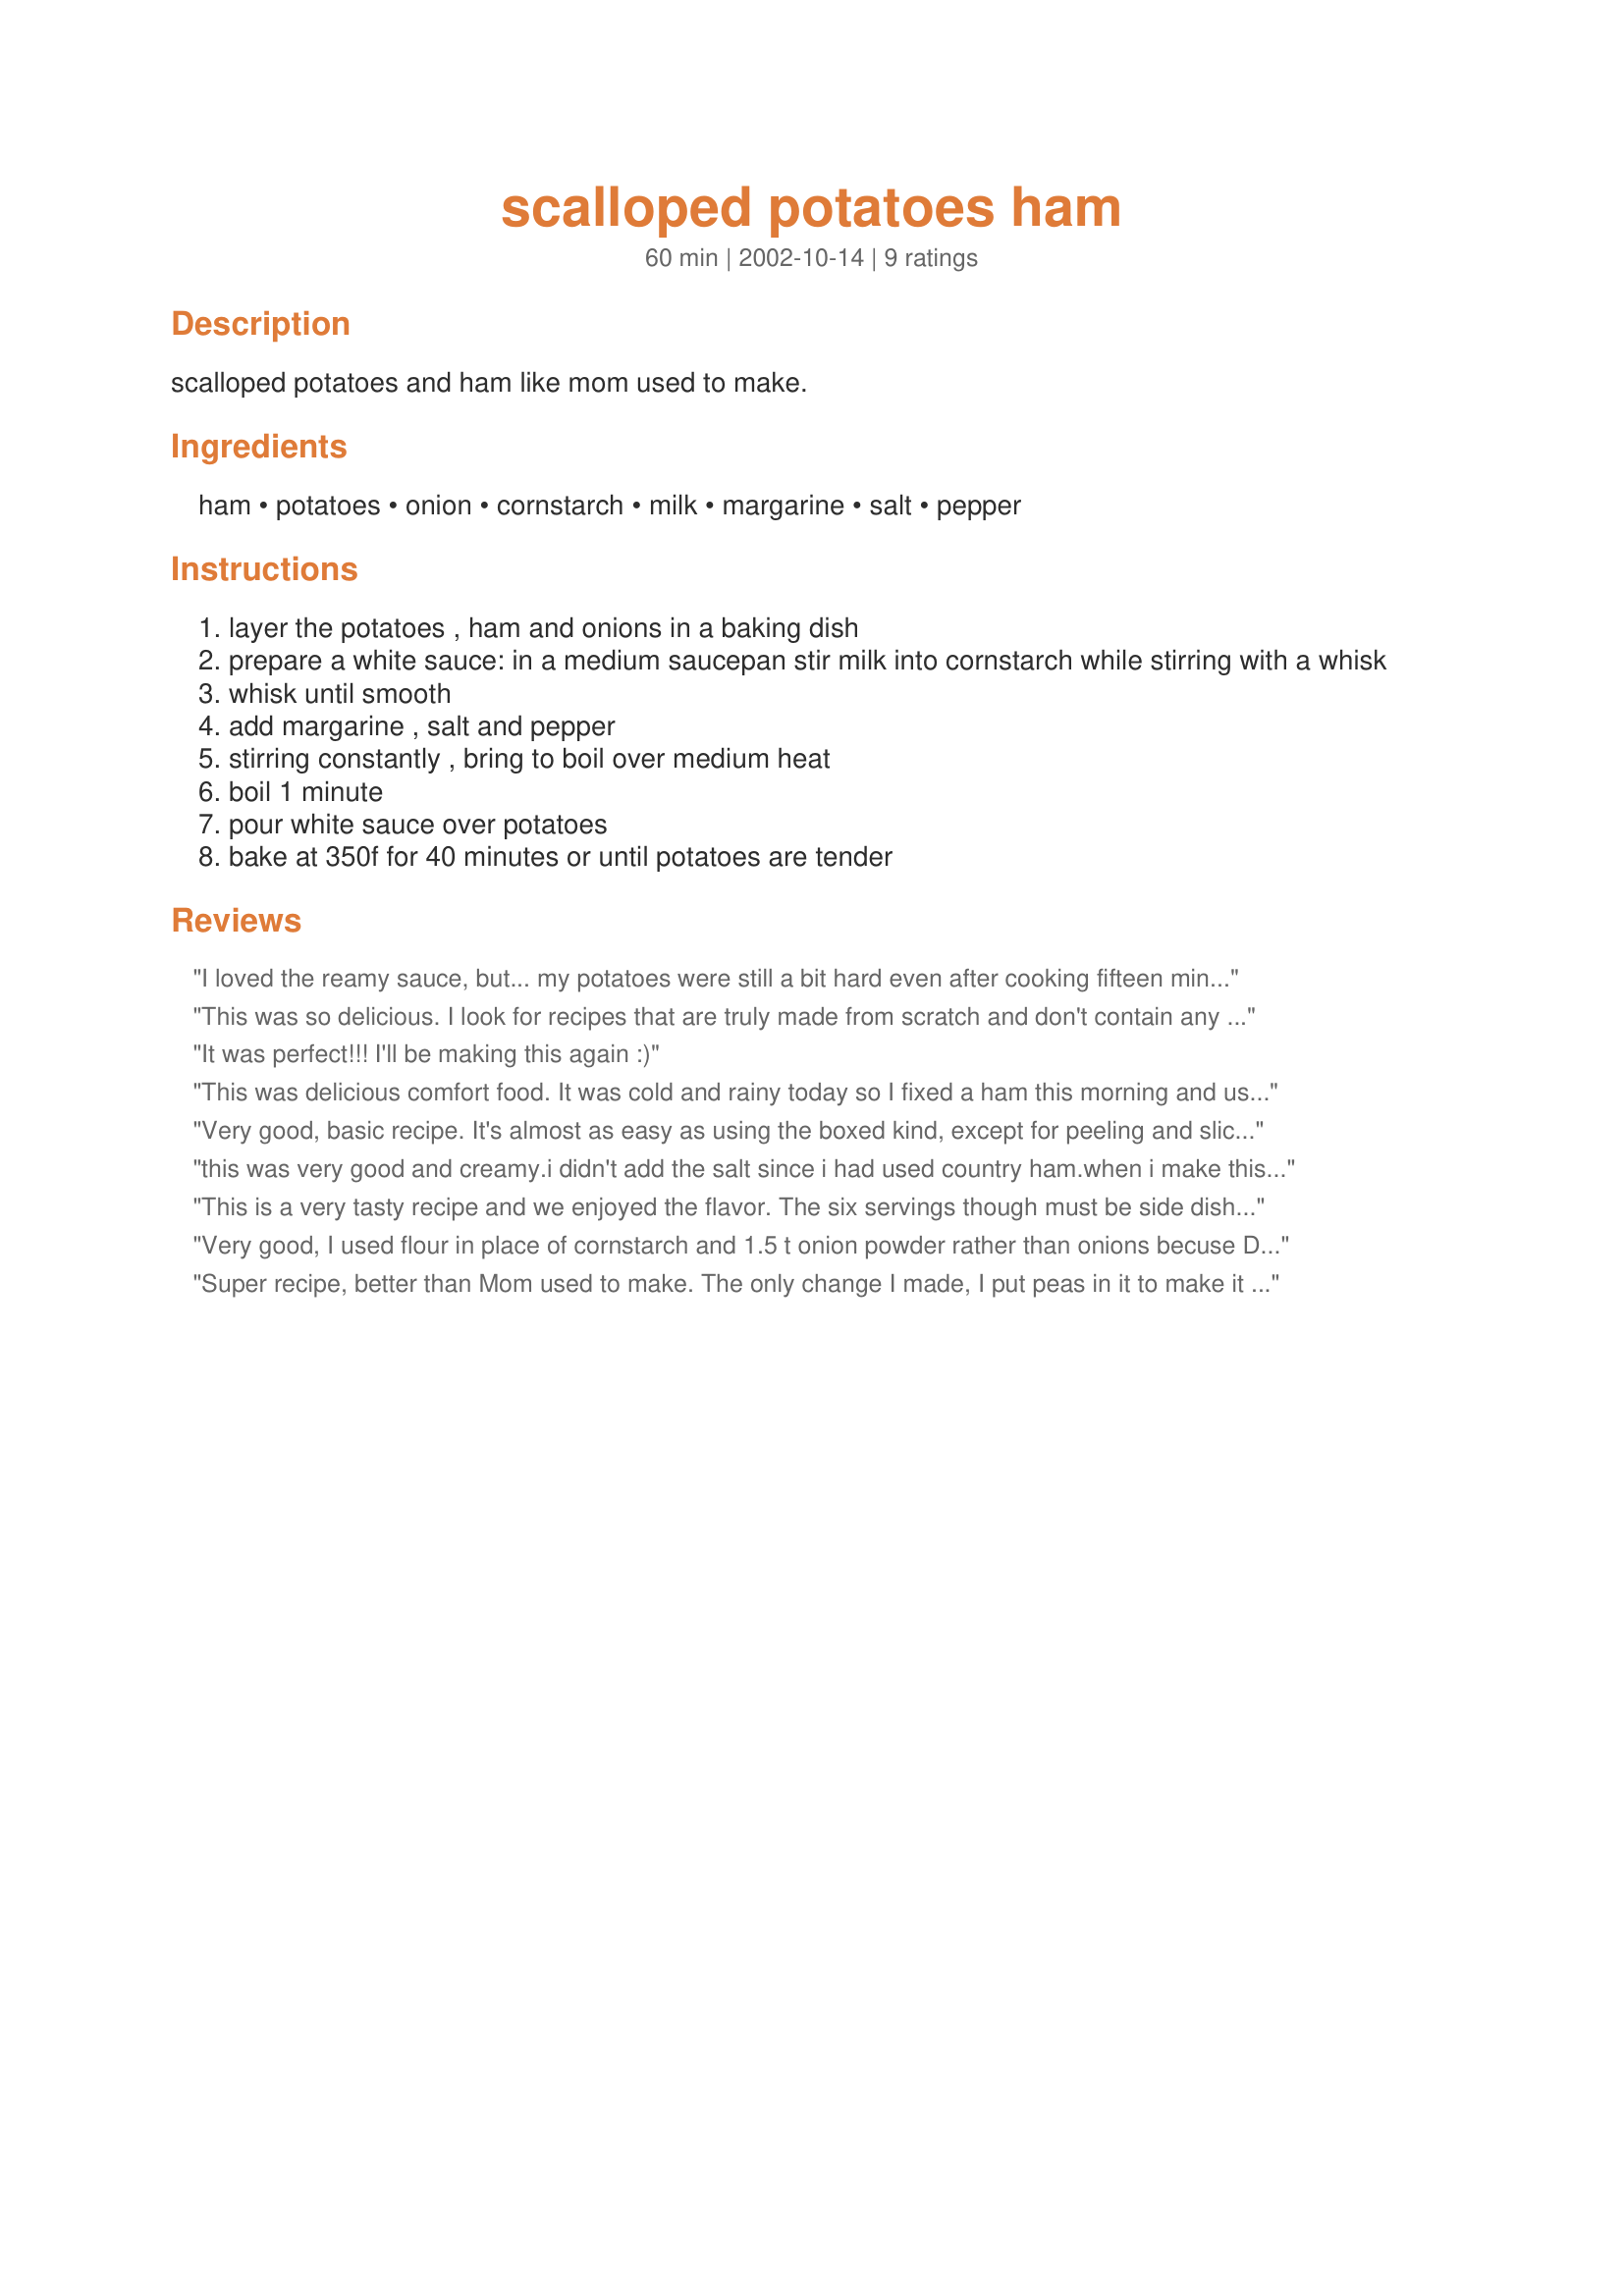
scalloped potatoes ham
Preparation time: 60 minutes

scalloped potatoes and ham like mom used to make.

Ingredients:
ham, potatoes, onion, cornstarch, milk, margarine, salt, pepper

Steps:
layer the potatoes , ham and onions in a baking dish
prepare a white sauce: in a medium saucepan stir milk into cornstarch while stirring with a whisk
whisk until smooth
add margarine , salt and pepper
stirring constantly , bring to boil over medium heat
boil 1 minute
pour white sauce over potatoes
bake at 350f for 40 minutes or until potatoes are tender

Reviews:
I loved the reamy sauce, but... my potatoes were still a bit hard even after cooking fifteen minutes past the given time. I was sure to slice them very thin. Maybe it's just me because everyone else seemed to have no problems. I'll try it again. I topped this dish with crumbled bacon and added cheese to each layer.
This was so delicious. I look for recipes that are truly made from scratch and don't contain any conveince foods for my Sons allergires and my families well being. This hit the mark. A keeper!
It was perfect!!!
I'll be making this again :)
This was delicious comfort food. It was cold and rainy today so I fixed a ham this morning and used it for tonights dinner. I also added a pinch of garlic but otherwise stayed true to the recipe.
Very good, basic recipe. It's almost as easy as using the boxed kind, except for peeling and slicing the potatoes. The next time I make this, I would be tempted to add some garlic, and possibly some shredded cheese, or maybe some paprika for color. The sauce itself was very creamy, and the potatoes were tender. Thanks Leta for posting this old fashioned recipe!
this was very good and creamy.i didn't add the salt since i had used country ham.when i make this again i will cut back on the onion and use only about 1/3 of a cup.i will make this a repeat at our home often.thank you for posting.
This is a very tasty recipe and we enjoyed the flavor. The six servings though must be side dish servings as this would never make it as six main dish servings in my house. Nice simple recipe though. We were able to serve 3 with this size recipe.
Very good, I used flour in place of cornstarch and 1.5 t onion powder rather than onions becuse DD hates the texture of onions. I used locally cured ham which is also salty, so we salted to taste at the end and added a few thin butter slices on top to make the brown bits yummier. A perfect comfort and food and lo cost meal.
Super recipe, better than Mom used to make. The only change I made, I put peas in it to make it a complete meal. Everyone loved it.
